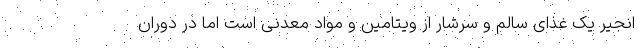
انجیر یک غذای سالم و سرشار از ویتامین و مواد معدنی است اما در دوران